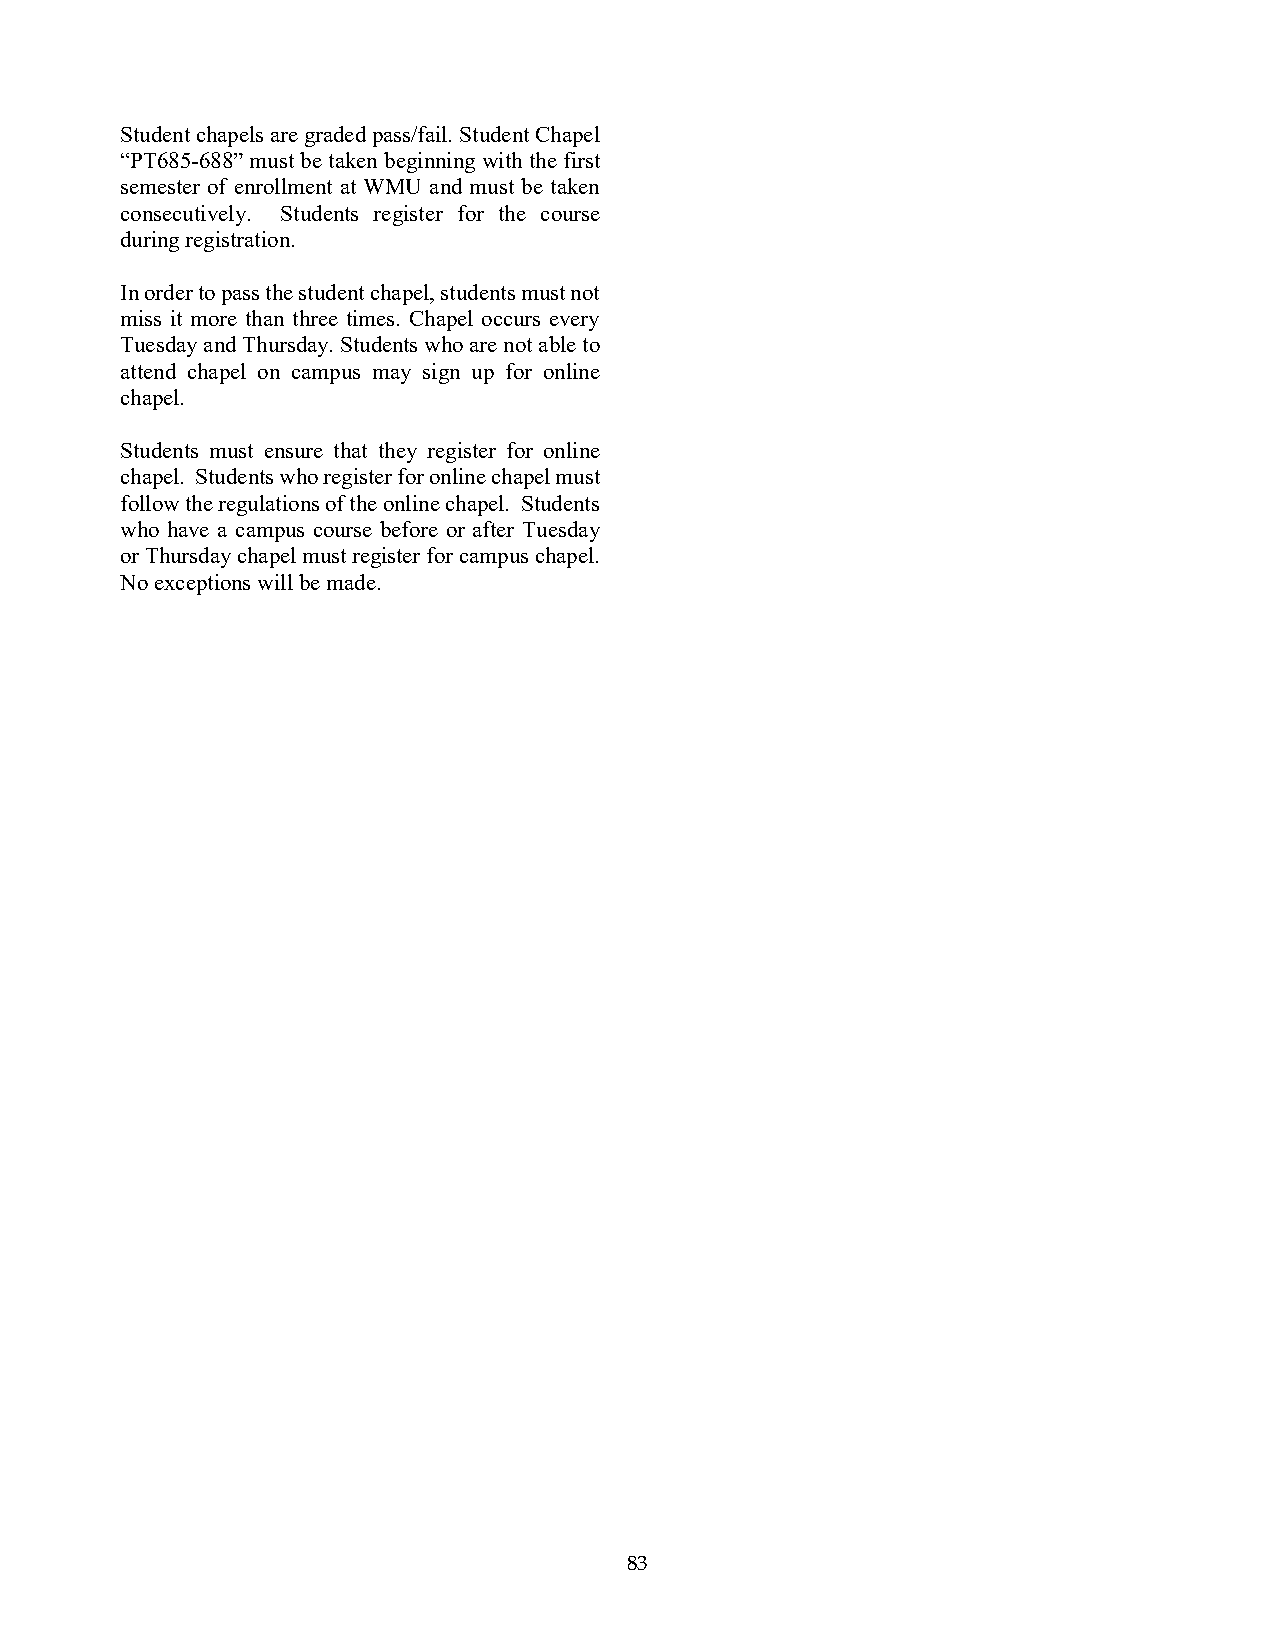
Student chapels are graded pass/fail. Student Chapel
 “PT685-688” must be taken beginning with the first
 semester of enrollment at WMU and must be taken
 consecutively. Students register for the course
 during registration.
 In order to pass the student chapel, students must not
 miss it more than three times. Chapel occurs every
 Tuesday and Thursday. Students who are not able to
 attend chapel on campus may sign up for online
 chapel.
 Students must ensure that they register for online
 chapel. Students who register for online chapel must
 follow the regulations of the online chapel. Students
 who have a campus course before or after Tuesday
 or Thursday chapel must register for campus chapel.
 No exceptions will be made.
 83